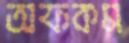
অফকম